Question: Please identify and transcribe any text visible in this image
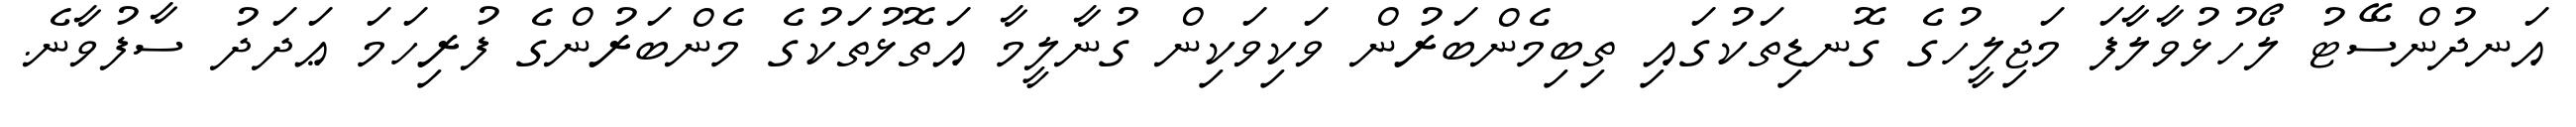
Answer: އަނދުންސޭޓު ލޯހުޅުވާލާފަ މަޖިލީހުގެ ގޮނޑިތަކުގައި ތިބިމެންބަރުން ވަކިވަކިން ގުނާލީމާ އަތޮޅުތަކުގެ މެންބަރުންގެ ފުރިހަމަ ޢަދަދު ސާފުވާނެ.